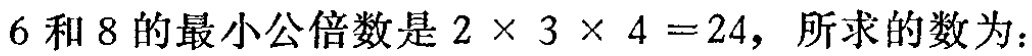
$6和8的最小公倍数是2\times 3\times 4 = 24，所求的数为：$